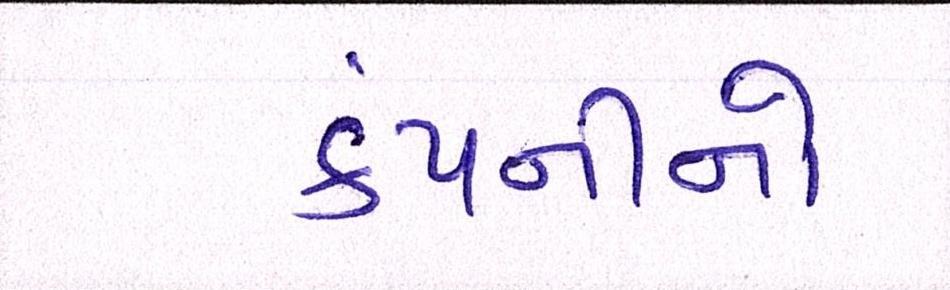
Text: કંપનીનો